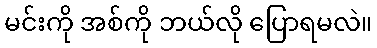
မင်းကို အစ်ကို ဘယ်လို ပြောရမလဲ။